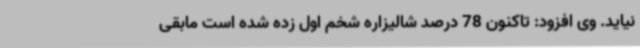
نیاید. وی افزود: تاکنون 78 درصد شالیزاره شخم اول زده شده است مابقی